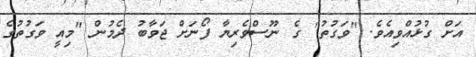
އަށް ގުޅުއްވިއެވެ. "ވަގުތު" ގެ ނޫސްވެރިޔާ ފޯނަށް ޖަވާބު ދެމުން "މިއީ ވަގުތުގެ